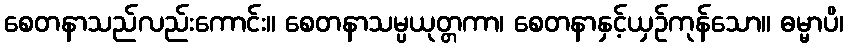
စေတနာသည်လည်းကောင်း။ စေတနာသမ္ပယုတ္တကာ၊ စေတနာနှင့်ယှဉ်ကုန်သော။ ဓမ္မာပိ၊